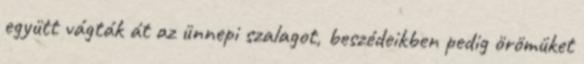
együtt vágták át az ünnepi szalagot, beszédeikben pedig örömüket